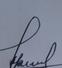
Signature authenticity: genuine